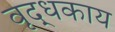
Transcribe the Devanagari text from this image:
वृद्धकाय